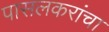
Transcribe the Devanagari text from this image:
पासलकरांचा